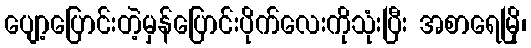
ပျော့ပြောင်းတဲ့မှန်ပြောင်းပိုက်လေးကိုသုံးပြီး အစာရေမြို၊